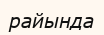
райында